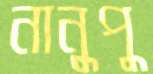
নানুপু